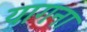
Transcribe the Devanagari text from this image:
यागना